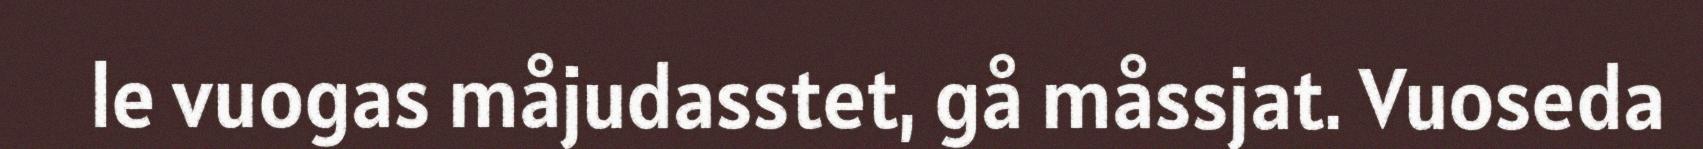
le vuogas måjudasstet, gå måssjat. Vuoseda